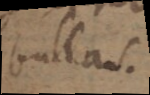
bullas.